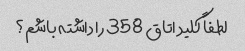
لطفاً کلید اتاق 358 را داشته باشم؟